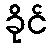
ခိုင်